Tezpur Lunatic Asylum reports 1895-1904 - 1895-1904
Year: 1895
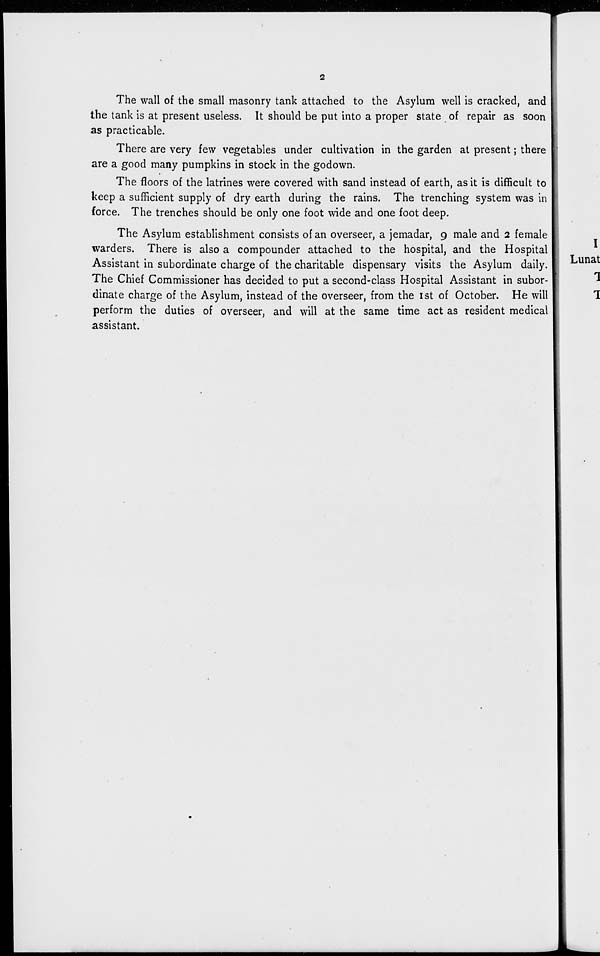
2
The wall of the small masonry tank attached to the Asylum well is cracked, and
the tank is at present useless. It should be put into a proper state of repair as soon
as practicable.
There are very few vegetables under cultivation in the garden at present; there
are a good many pumpkins in stock in the godown.
The floors of the latrines were covered with sand instead of earth, as it is difficult to
keep a sufficient supply of dry earth during the rains. The trenching system was in
force. The trenches should be only one foot wide and one foot deep.
The Asylum establishment consists of an overseer, a jemadar, 9 male and 2 female
warders. There is also a compounder attached to the hospital, and the Hospital
Assistant in subordinate charge of the charitable dispensary visits the Asylum daily.
The Chief Commissioner has decided to put a second-class Hospital Assistant in subor-
dinate charge of the Asylum, instead of the overseer, from the ist of October. He will
perform the duties of overseer, and will at the same time act as resident medical
assistant.
I
Lunat
1
1